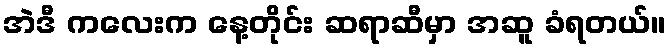
အဲဒီ ကလေးက နေ့တိုင်း ဆရာဆီမှာ အဆူ ခံရတယ်။